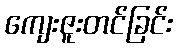
ကျေးဇူးတင်ခြင်း